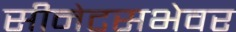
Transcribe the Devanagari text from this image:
सीनेटसभेवर